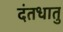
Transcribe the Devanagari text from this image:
दंतधातु